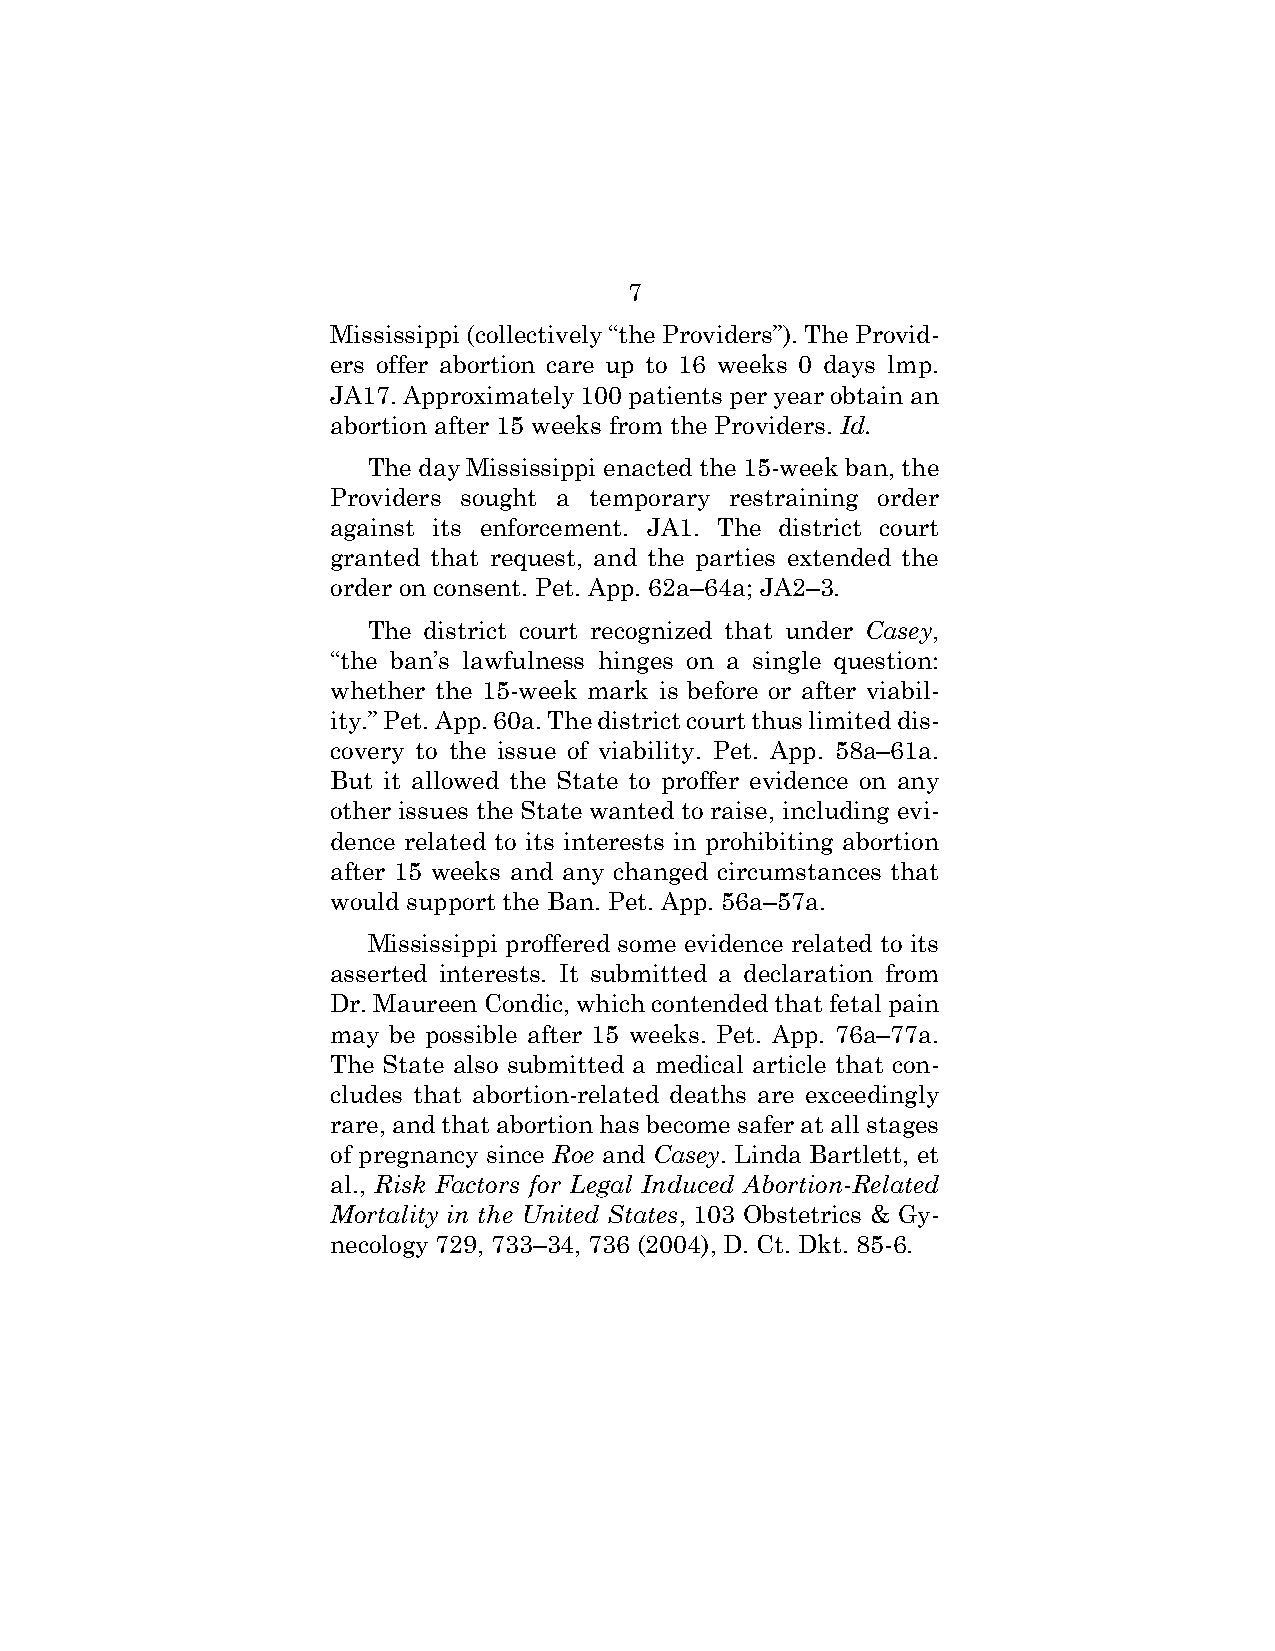
7
 Mississippi (collectively “the Providers”). The Provid-
 ers offer abortion care up to 16 weeks 0 days lmp.
 JA17. Approximately 100 patients per year obtain an
 abortion after 15 weeks from the Providers. Id.
 The day Mississippi enacted the 15-week ban, the
 Providers sought a temporary restraining order
 against its enforcement. JA1. The district court
 granted that request, and the parties extended the
 order on consent. Pet. App. 62a–64a; JA2–3.
 The district court recognized that under Casey,
 “the ban’s lawfulness hinges on a single question:
 whether the 15-week mark is before or after viabil-
 ity.” Pet. App. 60a. The district court thus limited dis-
 covery to the issue of viability. Pet. App. 58a–61a.
 But it allowed the State to proffer evidence on any
 other issues the State wanted to raise, including evi-
 dence related to its interests in prohibiting abortion
 after 15 weeks and any changed circumstances that
 would support the Ban. Pet. App. 56a–57a.
 Mississippi proffered some evidence related to its
 asserted interests. It submitted a declaration from
 Dr. Maureen Condic, which contended that fetal pain
 may be possible after 15 weeks. Pet. App. 76a–77a.
 The State also submitted a medical article that con-
 cludes that abortion-related deaths are exceedingly
 rare, and that abortion has become safer at all stages
 of pregnancy since Roe and Casey. Linda Bartlett, et
 al., Risk Factors for Legal Induced Abortion-Related
 Mortality in the United States, 103 Obstetrics & Gy-
 necology 729, 733–34, 736 (2004), D. Ct. Dkt. 85-6.